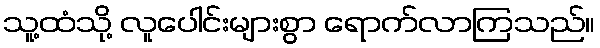
သူ့ထံသို့ လူပေါင်းများစွာ ရောက်လာကြသည်။